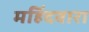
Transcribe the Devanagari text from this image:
महिंदवारा